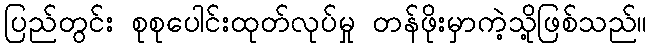
ပြည်တွင်း စုစုပေါင်းထုတ်လုပ်မှု တန်ဖိုးမှာကဲ့သို့ဖြစ်သည်။